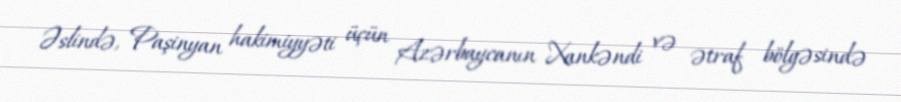
Əslində, Paşinyan hakimiyyəti üçün Azərbaycanın Xankəndi və ətraf bölgəsində